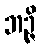
ဘဉ္ဇိ